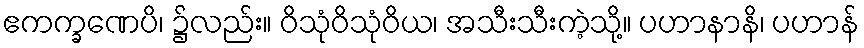
ဧကက္ခဏေပိ၊ ၌လည်း။ ဝိသုံဝိသုံဝိယ၊ အသီးသီးကဲ့သို့။ ပဟာနာနိ၊ ပဟာန်